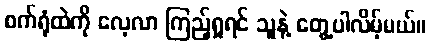
စက်ရုံထဲကို လေ့လာ ကြည့်ရှုရင် သူနဲ့ တွေ့ပါလိမ့်မယ်။